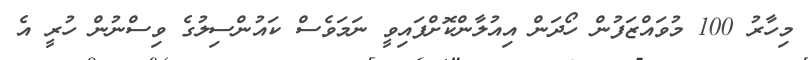
މިހާރު 100 މުވައްޒަފުން ހޯދަން އިއުލާންކޮށްފައިވީ ނަމަވެސް ކައުންސިލުގެ ވިސްނުން ހުރީ އެ